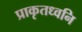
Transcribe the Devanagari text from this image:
प्राकृतध्वनि